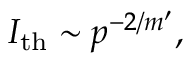
I _ { \mathrm { t h } } \sim p ^ { - 2 / m ^ { \prime } } ,